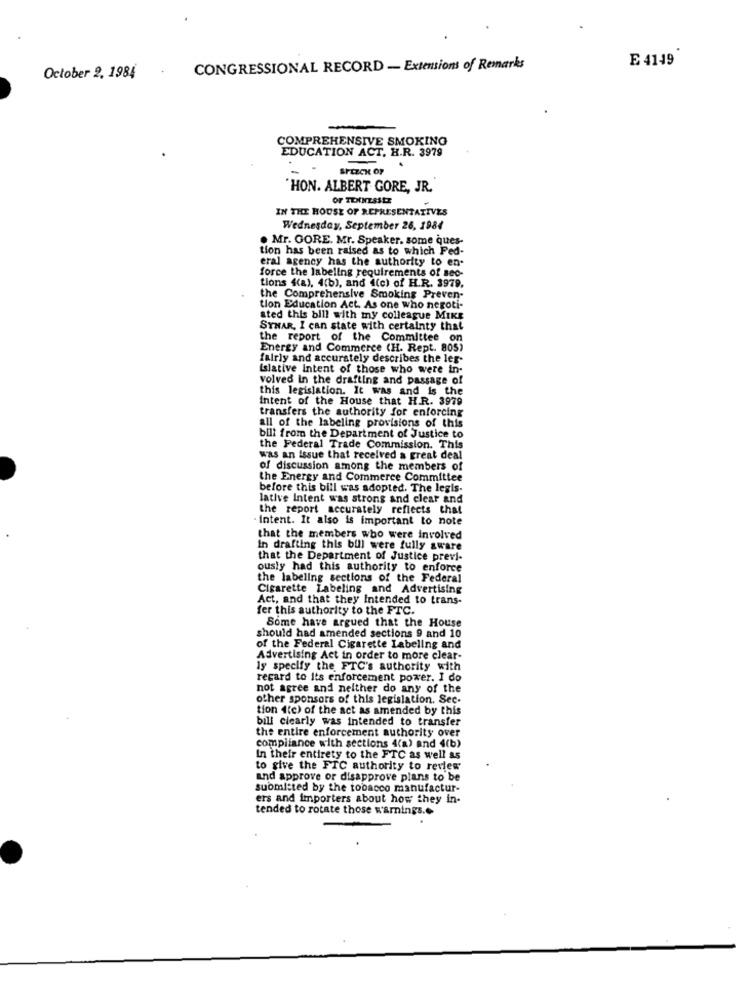
E 4149
CONGRESSIONAL RECORD - Extensions of Remarks
October 2, 1984
COMPREHENSIVE SMOKING
EDUCATION ACT. H.R. 3979
.
SPEECH OF
HON. ALBERT GORE, JR.
OF TENNESSEE
IN THE HOUSE OF REPRESENTATIVES
Wednesday, September 26, 1984
. Mr. GORE. Mr. Speaker. some ques-
tion has been raised as to which Ped-
eral agency has the authority to en-
force the labeling requirements of sec-
tions ((a), 4(b), and 4(c) of H.R. 3979.
the Comprehensive Smoking Preven-
tion Education Act. As one who negoti-
sted this bill with my colleague MIKE
SYNAR, I can state with certainty that
the report of the Committee on
Energy and Commerce (H. Rept. 805)
fairly and accurately describes the leg-
Islative Intent of those who were in-
volved in the drafting and passage of
this legislation. It was and is the
Intent of the House that H.R. 3979
transfers the authority for enforcing
all of the labeling provisions of this
bill from the Department of Justice to
the Federal Trade Commission. This
was an issue that received a great deal
of discussion among the members of
the Energy and Commerce Committee
before this bill was adopted. The legis-
lative Intent was strong and clear and
the report accurately reflects that
. Intent. It also is important to note
that the members who were involved
in drafting this bull were fully aware
that the Department of Justice previ-
ously had this authority to enforce
the labeling sections of the Federal
Cigarette Labeling and Advertising
Act, and that they Intended to trans-
fer this authority to the FTC.
Some have argued that the House
should had amended sections 9 and 10
of the Federal Cigarette Labeling and
Advertising Act in order to more clear-
19 specify the FTC's authority with
regard to Its enforcement power. I do
not agree and neither do any of the
other sponsors of this legislation. Sec-
tion 1(c) of the act as amended by this
bill clearly was intended to transfer
the entire enforcement authority over
compliance with sections 4(a) and 4(b)
In their entirety to the FTC as well as
to give the FTC authority to review
and approve or disapprove plans to be
submitted by the tobacco manufactur-
ers and importers about how they in-
tended to rotate those warnings.o